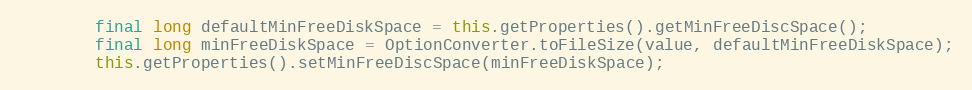
Language: Java
		final long defaultMinFreeDiskSpace = this.getProperties().getMinFreeDiscSpace();
		final long minFreeDiskSpace = OptionConverter.toFileSize(value, defaultMinFreeDiskSpace);
		this.getProperties().setMinFreeDiscSpace(minFreeDiskSpace);